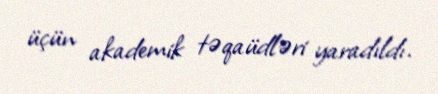
üçün akademik təqaüdləri yaradıldı.